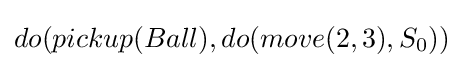
do(pickup(Ball),do(move(2,3),S_{0}))